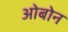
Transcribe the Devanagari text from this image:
ओबोन